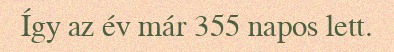
Így az év már 355 napos lett.